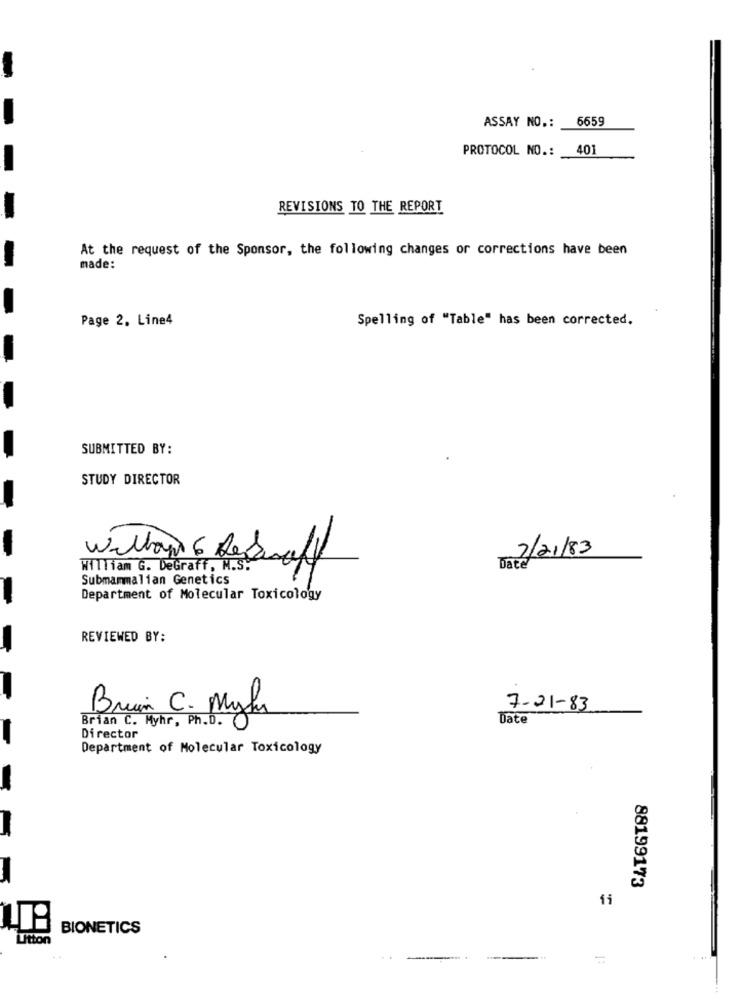
6659
ASSAY NO .:
PROTOCOL NO .:
401
REVISIONS TO THE REPORT
-
At the request of the Sponsor, the following changes or corrections have been
made:
Page 2, Line4
Spelling of "Table" has been corrected.
SUBMITTED BY:
STUDY DIRECTOR
-
Boa 2/21/83
William G. DeGraff, N.S.
Willow 6 Dekraft
Submammalian Genetics
Department of Molecular Toxicology
-
REVIEWED BY:
7-21-83
Brian C. Myhr, Ph.D. (
Bruin C. Mylu
Date
-
Director
Department of Molecular Toxicology
-
88199173
11
BIONETICS
Utton
---
-